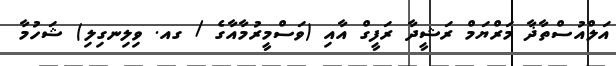
އަލްއުސްތާޛާ މަރްޔަމް ރަޝީދާ ރަފީގް އާއި (ވަސްމީރުމާއާގެ / ގއ. ވިލިނގިލި) ޝަހުމާ